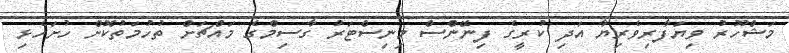
މަޝްހޫރު ވިޔަފާރިވެރިޔާ އަދި ކުރީގެ ފިނޭންސް މިނިސްޓަރު ގާސިމްގެ މައްޗަށް ތުހުމަތުކޮށް ހުށަހެޅި